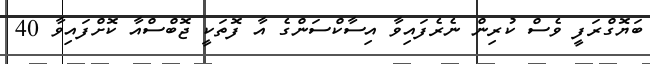
ބަޔޮގްރަފީ ވެސް ކުރިން ނެރެފައިވާ އިސާކްސަންގެ އާ ފޮތަކީ ޖޮބްސްއާ ކޮށްފައިވާ 40